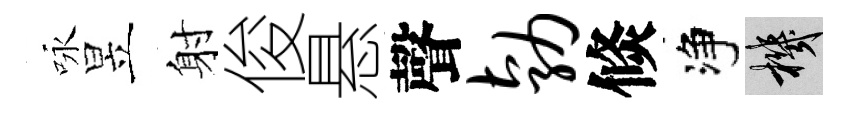
咏昱射俊悬聲勃倐净機